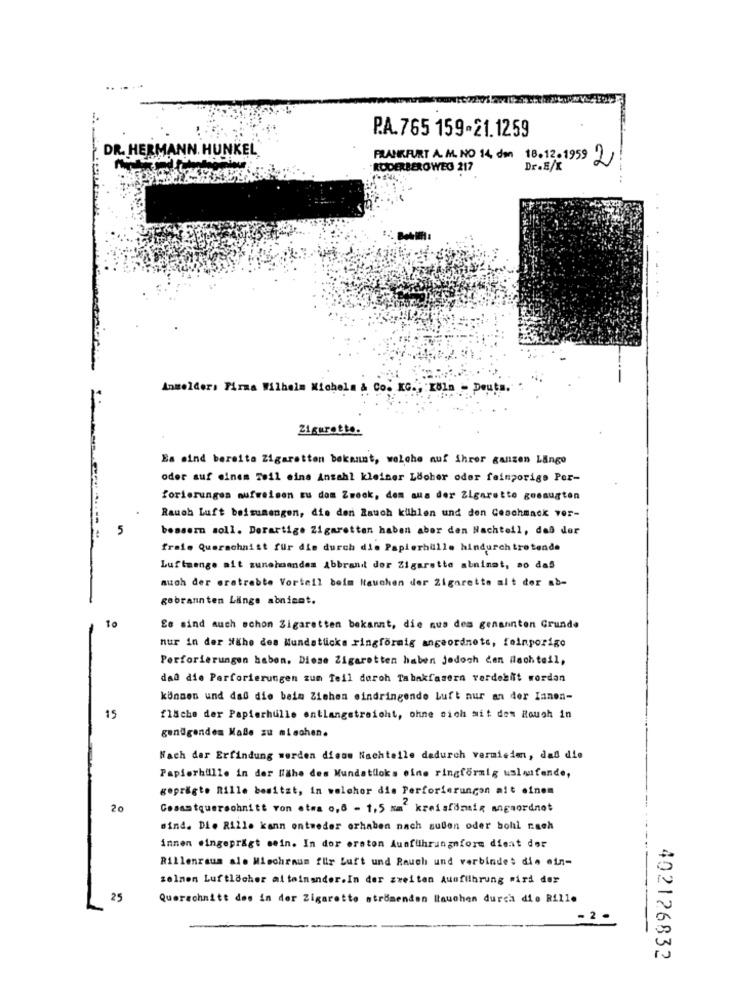
P.A.765 159-21.1259
DR. HERMANN. HUNKEL
FRANKFURT A. M. NO 14, den 18.12.1959 2
RODERBEROWEG 217
Dr.E/X
Anmelder: Firma Wilhelm Michela & Co. KG ., Köln - De
Zigarette.
Es sind bereita Zigaretten bekannt, welche auf ihrer ganzen Lango
oder auf einem Teil eine Anzahl kleiner Löcher oder feinporige Por-
forierungen aufweisen Eu dom Zweck, dem aus der Zigarette gesaugten
Rauch Luft beisumengen, die den Rauch kühlen und den Geschmack ver-
5
bessern soll. Derartige Zigaretten haben aber den Nachteil, daß der
fraie Querschnitt für die durch die Papierbulle hindurch tretende
Luftmenge ait zunehmenden Abbrand dor Zigarette abninat, so das
auch der erstrebte Vorteil beim Hauchen der Zigarette alt der ab-
gebrannten Länge abnimmt.
10
Es sind auch schon Zigaretten bekannt, die nus des genannten Grunde
nur in der Nähe des Wundatuicks ringförmig angeordnets, feinporigo
Perforierungen haben. Diese Zigaretten haben jedoch den nachteil,
daß die Parforierungen zum Teil deroh Tabakfasern verdebit wordan
können und daß die beim Ziehen eindringende Luft nur an der Ianen-
15
flache der Papierhulle entlangstreicht, ohne sich mit dem Rough in
genügendem Malle zu mischen.
Wach dar Erfindung werden diese Nachteile dadurch vermieim, daß die
Papierhillle in der Nähe des Mundatiloks eine ringförmig uslaufende,
geprägte Rille besitzt, in welcher die Perforierungon mit einem
20
Gesamtquerschnitt von etwa 0,8 - 1,5 mm kreisförmix angwordnot
sind. Di. Rille kann entweder orhaben nach suben oder bohl nach
innen eingeprägt sein. In dor ersten Ausführungnform dieat der
Rillenraus ale Miechraum für Luft und Rauch und verbindet die ein-
selnen Luftlacher ai toinander.In der zweiten Auofilhrung wird der
25
Querschnitt des in der Zigarette strömenden Itauchen durch die Rille
-2.
402126832